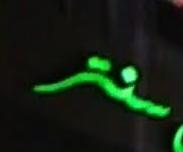
سنت